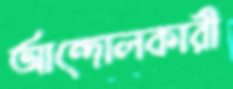
আন্দোলকারী